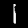
Digit: 1